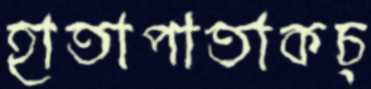
হাতাপাতাকচ্